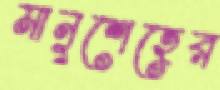
মানুশেহের